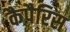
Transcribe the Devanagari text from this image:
कैपैरिस